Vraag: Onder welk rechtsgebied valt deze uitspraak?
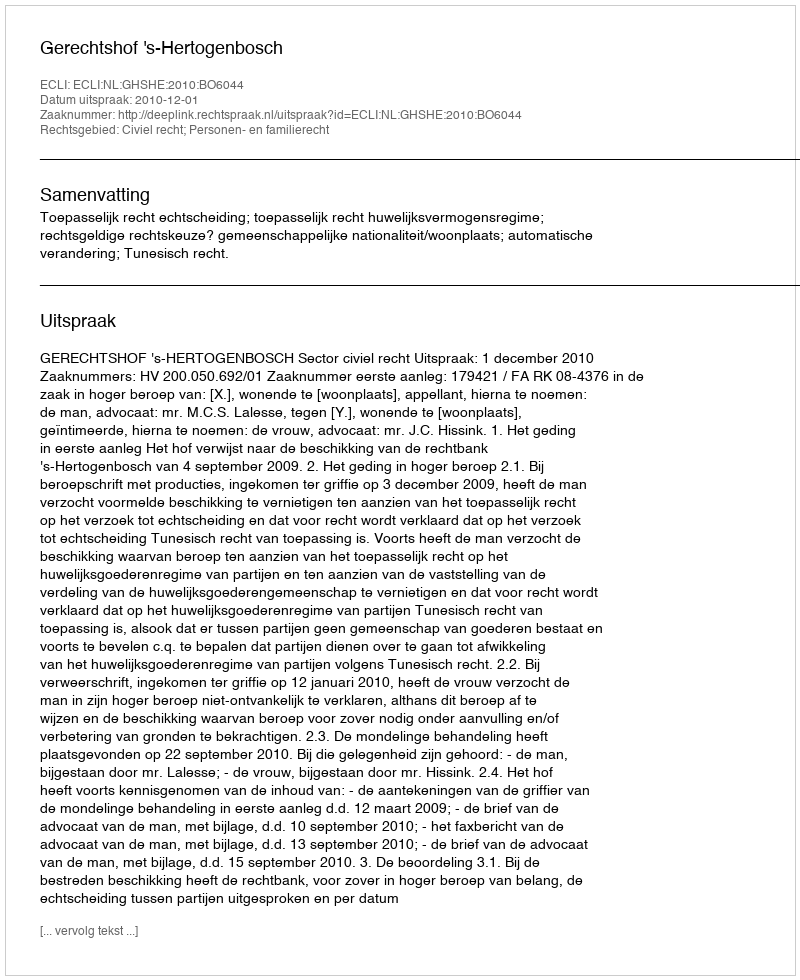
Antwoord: Civiel recht; Personen- en familierecht